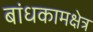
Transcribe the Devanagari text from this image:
बांधकामक्षेत्र